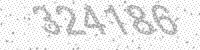
Solution: 324186